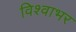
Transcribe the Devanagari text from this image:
विश्वाभर